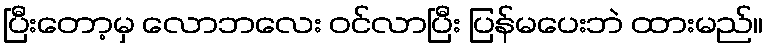
ပြီးတော့မှ လောဘလေး ဝင်လာပြီး ပြန်မပေးဘဲ ထားမည်။